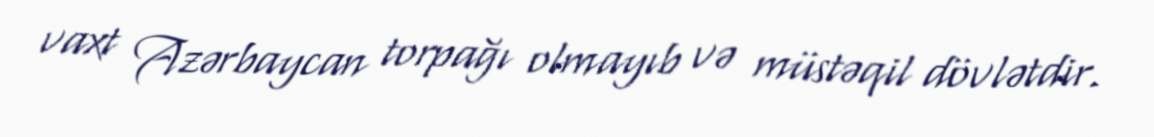
vaxt Azərbaycan torpağı olmayıb və müstəqil dövlətdir.